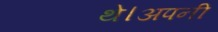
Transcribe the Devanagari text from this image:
थे।अपनी